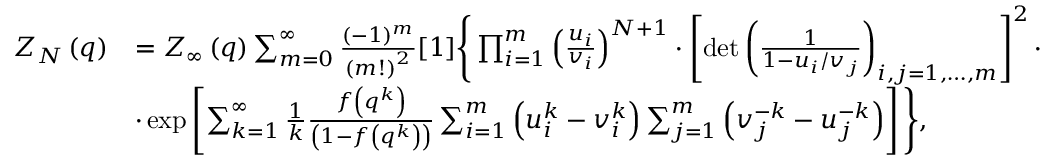
\begin{array} { r l } { Z _ { N } \left( q \right) } & { = Z _ { \infty } \left( q \right) \sum _ { m = 0 } ^ { \infty } \frac { ( - 1 ) ^ { m } } { \left( m ! \right) ^ { 2 } } [ 1 ] \Bigg \{ \prod _ { i = 1 } ^ { m } \left( \frac { u _ { i } } { v _ { i } } \right) ^ { N + 1 } \cdot \left[ \operatorname* { d e t } \left( \frac { 1 } { 1 - u _ { i } / v _ { j } } \right) _ { i , j = 1 , \dots , m } \right] ^ { 2 } \cdot } \\ & { \cdot \exp \left[ \sum _ { k = 1 } ^ { \infty } \frac { 1 } { k } \frac { f \left( q ^ { k } \right) } { \left( 1 - f \left( q ^ { k } \right) \right) } \sum _ { i = 1 } ^ { m } \left( u _ { i } ^ { k } - v _ { i } ^ { k } \right) \sum _ { j = 1 } ^ { m } \left( v _ { j } ^ { - k } - u _ { j } ^ { - k } \right) \right] \Bigg \} , } \end{array}